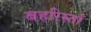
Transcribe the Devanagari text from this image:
बहरिस्ताँ